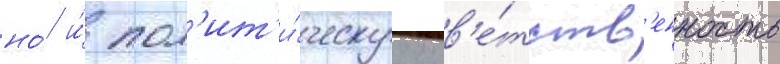
но́ и́ пол'ит'и́ческуу отв'е́тств'енность